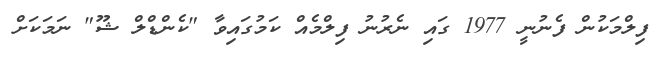
ފިލްމަކުން ފެނުނީ 1977 ގައި ނެރުނު ފިލްމެއް ކަމުގައިވާ "ކެންޑްލް ޝޫ" ނަމަކަށް